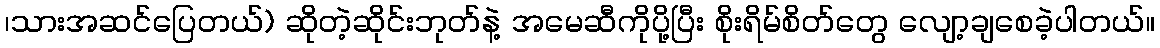
၊သားအဆင်ပြေတယ်) ဆိုတဲ့ဆိုင်းဘုတ်နဲ့ အမေဆီကိုပို့ပြီး စိုးရိမ်စိတ်တွေ လျော့ချစေခဲ့ပါတယ်။